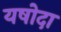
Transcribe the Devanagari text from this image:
यषोदा